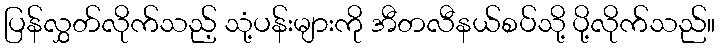
ပြန်လွှတ်လိုက်သည့် သုံ့ပန်းများကို အီတလီနယ်စပ်သို့ ပို့လိုက်သည်။